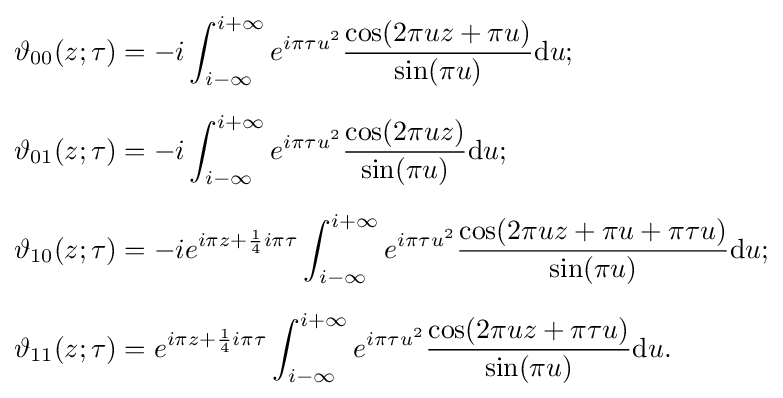
{\begin{aligned}\vartheta _{00}(z;\tau )&=-i\int _{i-\infty }^{i+\infty }e^{i\pi \tau u^{2}}{\frac {\cos(2\pi uz+\pi u)}{\sin(\pi u)}}\mathrm {d} u;\\[6pt]\vartheta _{01}(z;\tau )&=-i\int _{i-\infty }^{i+\infty }e^{i\pi \tau u^{2}}{\frac {\cos(2\pi uz)}{\sin(\pi u)}}\mathrm {d} u;\\[6pt]\vartheta _{10}(z;\tau )&=-ie^{i\pi z+{\frac {1}{4}}i\pi \tau }\int _{i-\infty }^{i+\infty }e^{i\pi \tau u^{2}}{\frac {\cos(2\pi uz+\pi u+\pi \tau u)}{\sin(\pi u)}}\mathrm {d} u;\\[6pt]\vartheta _{11}(z;\tau )&=e^{i\pi z+{\frac {1}{4}}i\pi \tau }\int _{i-\infty }^{i+\infty }e^{i\pi \tau u^{2}}{\frac {\cos(2\pi uz+\pi \tau u)}{\sin(\pi u)}}\mathrm {d} u.\end{aligned}}